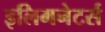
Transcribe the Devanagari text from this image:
इलिमनेटर्स